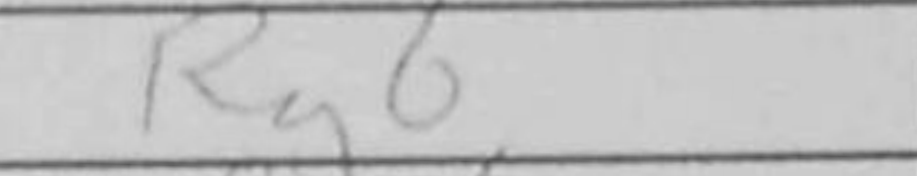
Transcription: Rg6